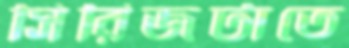
সিরিজটাতে